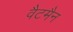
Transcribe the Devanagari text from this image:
वैटमैन